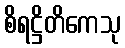
စိရဋ္ဌိတိကေသု